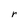
Character: r